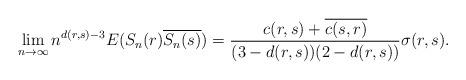
LaTeX: \begin{align*}\lim_{n \to \infty} n^{d(r,s)-3}E(S_{n}(r)\overline{S_{n}(s)}) =\frac{c(r,s)+\overline{c(s,r)}}{(3-d(r,s))(2-d(r,s))} \sigma(r,s).\end{align*}